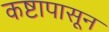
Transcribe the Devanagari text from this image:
कष्टापासून